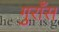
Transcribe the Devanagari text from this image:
गुराँस